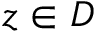
z \in D